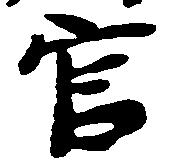
官